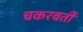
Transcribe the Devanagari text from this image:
चकरवर्ती